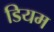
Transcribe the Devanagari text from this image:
डियम